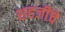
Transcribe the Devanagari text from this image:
शहजींचे